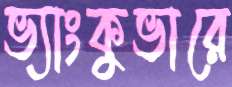
ভ্যাংকুভারে